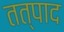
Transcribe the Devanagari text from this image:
तत्पाद